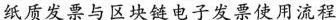
纸质发票与区块链电子发票使用流程